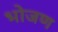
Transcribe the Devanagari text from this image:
भोजण